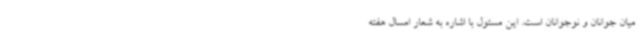
میان جوانان و نوجوانان است. این مسئول با اشاره به شعار امسال هفته